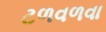
ટળવળવા